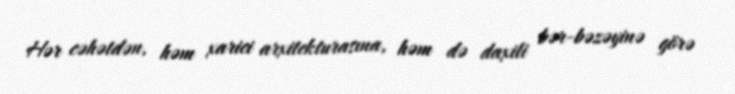
Hər cəhətdən, həm xarici arxitekturasına, həm də daxili bər-bəzəyinə görə